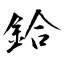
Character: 鉿